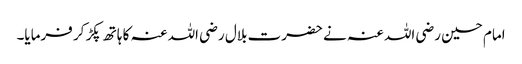
امام حسین رضی اللہ عنہ نے حضرت بلال رضی اللہ عنہ کا ہاتھ پکڑ کر فرمایا۔